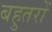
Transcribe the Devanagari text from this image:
बहुतरों